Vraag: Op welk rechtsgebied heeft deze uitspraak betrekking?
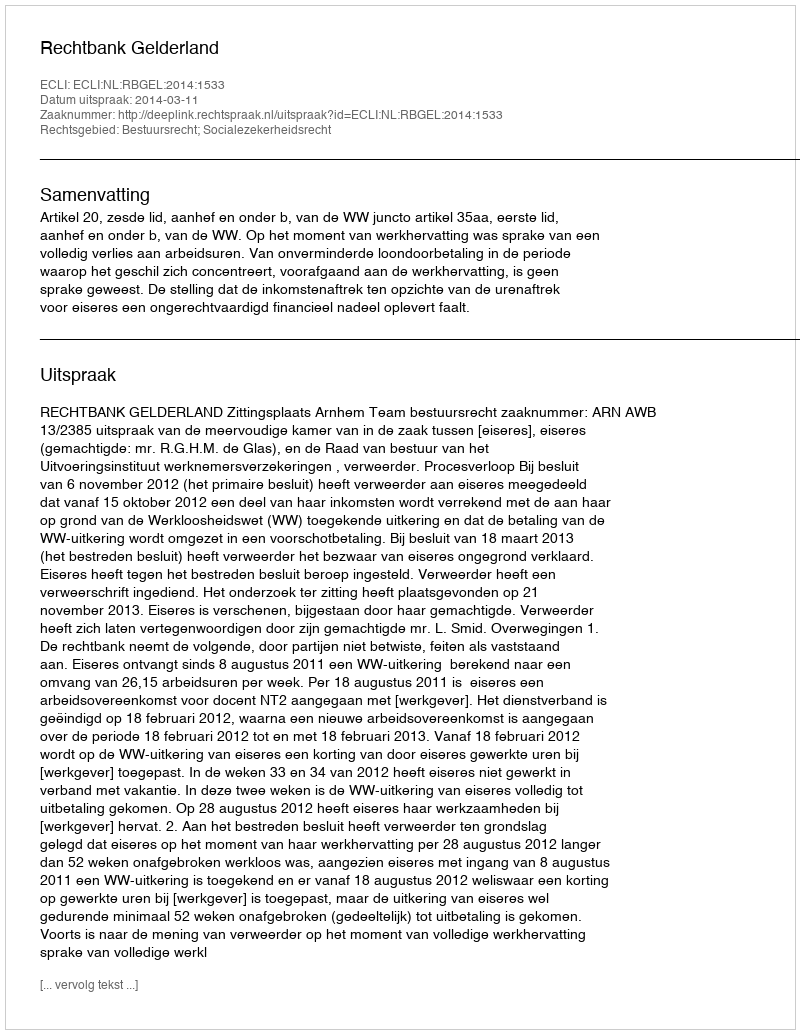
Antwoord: Bestuursrecht; Socialezekerheidsrecht